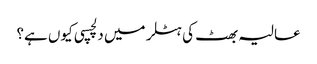
عالیہ بھٹ کی ہٹلر میں دلچسپی کیوں ہے؟